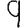
Digit: 9